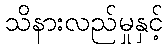
သိနားလည်မှုနှင့်